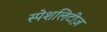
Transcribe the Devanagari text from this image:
स्पेशलिटीज़